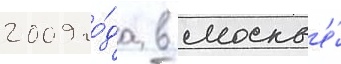
2009 го́да в москв'е́